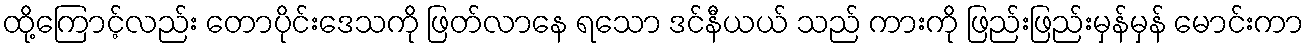
ထို့ကြောင့်လည်း တောပိုင်းဒေသကို ဖြတ်လာနေ ရသော ဒင်နီယယ် သည် ကားကို ဖြည်းဖြည်းမှန်မှန် မောင်းကာ